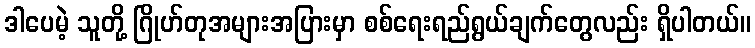
ဒါပေမဲ့ သူတို့ ဂြိုဟ်တုအများအပြားမှာ စစ်ရေးရည်ရွယ်ချက်တွေလည်း ရှိပါတယ်။